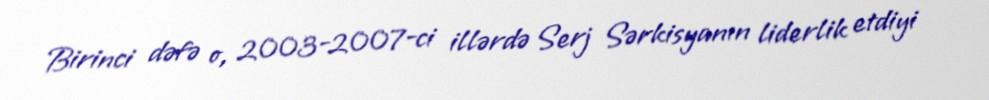
Birinci dəfə o, 2003-2007-ci illərdə Serj Sərkisyanın liderlik etdiyi